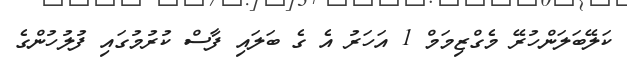
ކަލޭބަލަންހުރޭ މެގްޒިމަމް 1 އަހަރު އެ ގެ ބަލައި ފާސް ކުރުމުގައި ފުލުހުންގެ